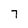
Character: 7